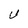
Character: U